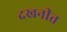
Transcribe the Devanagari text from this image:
दखनीत